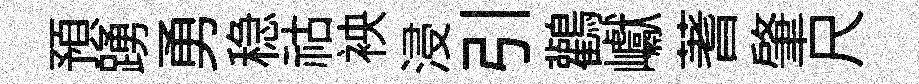
預踴勇稳祜䘧浸引鸛巘蓍肇尺